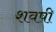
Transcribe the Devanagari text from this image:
शवषी